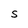
Character: S